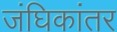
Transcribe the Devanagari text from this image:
जंघिकांतर